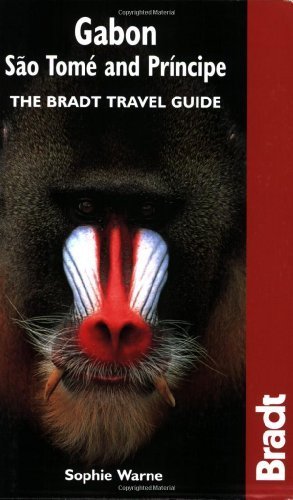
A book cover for Gabon, Sao Tome & Principe: The Bradt Travel Guide by Warne, Sophie (2003) Paperback; Sophie Warne; Travel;